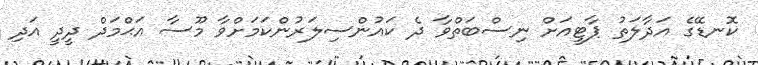
ކޮނޑޭގެ އަދާލަތު ޕާޓީއަށް ނިސްބަތްވާ ދެ ކައުންސިލަރުންކަމަށްވާ މޫސާ އަޙްމަދް ދީދީ އަދި